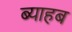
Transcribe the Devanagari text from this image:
ब्याहब